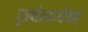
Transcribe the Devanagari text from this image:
पुत्रपौत्रप्रवर्धनम्